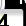
Digit: 3